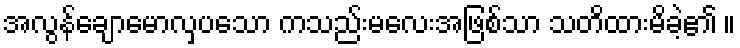
အလွန်ချောမောလှပသော ကသည်းမလေးအဖြစ်သာ သတိထားမိခဲ့၏ ။